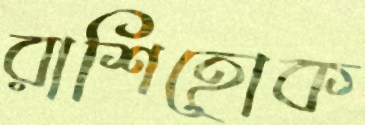
রাশিহোক